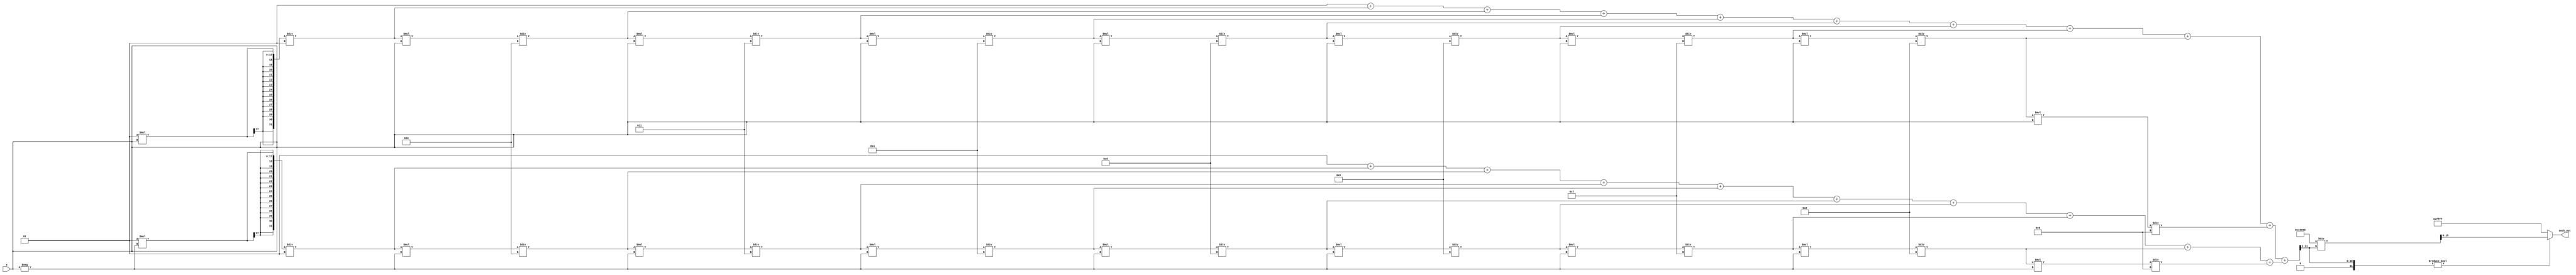
module hyperbolic_secant(
    input  signed [15:0] x,  // 16-bit signed fixed-point input
    output reg signed [15:0] sech_out // 16-bit signed fixed-point output
);
    
    // Local parameters
    localparam integer EXP_WIDTH = 16;
    
    // Internal signals
    reg signed [31:0] exp_x; // Variable for e^x
    reg signed [31:0] exp_neg_x; // Variable for e^-x
    reg signed [31:0] cosh_x; // Variable for cosh(x)
    reg signed [31:0] cosh_x_inv; // Variable for 1/cosh(x)

    // Approximation of e^x using Taylor Series expansion
    function signed [31:0] exp_approx(input signed [15:0] val);
        reg signed [31:0] result;
        reg signed [31:0] term;
        integer i;

        begin
            // Initialize
            result = 32'h00000000; // start with 0
            term = 32'h00000001; // first term x^0 / 0!
            
            for (i = 0; i < 10; i = i + 1) begin // 10 terms for approximation
                result = result + term;
                term = term * val / (i + 1); // Calculate next term
            end
            
            exp_approx = result;
        end
    endfunction
    
    // Compute hyperbolic secant
    always @* begin
        // Calculate e^x and e^-x
        exp_x = exp_approx(x);
        exp_neg_x = exp_approx(-x);

        // Calculate cosh(x)
        cosh_x = (exp_x + exp_neg_x) >> 1; // Divide by 2 using right shift

        // Calculate 1/cosh(x) using a simple reciprocal approximation
        if (cosh_x != 0) begin
            cosh_x_inv = (32'h00000001 << 16) / cosh_x; // Fixed-point reciprocal
        end else begin
            cosh_x_inv = 32'h7FFFFFFF; // Saturate to max if cosh_x is 0 to avoid divide by zero
        end

        // Output hyperbolic secant
        sech_out = cosh_x_inv[15:0]; // Limit to lower 16 bits for output
    end

endmodule